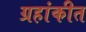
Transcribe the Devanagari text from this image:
ग्रहांकीत